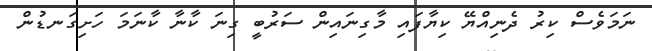
ނަމަވެސް ކިރު ދެނިއްޔޭ ކިޔާފައި މާގިނައިން ސަރުބީ ގިނަ ކާނާ ކާނަމަ ހަށިގަނޑުން